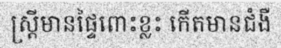
ស្ត្រីមានផ្ទៃពោះខ្លះ កើតមានជំងឺ